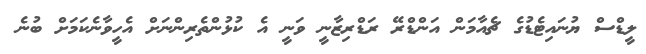
ލީޑްސް ޔުނައިޓެޑުގެ ޗެއާމަން އަންޑްރޭ ރަޑްރިޒާނީ ވަނީ އެ ކުޅުންތެރިންނަށް އެހީވާނެކަމަށް ބުނެ